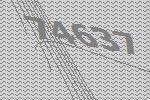
74637